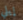
إيلي